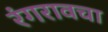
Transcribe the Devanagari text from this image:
रंगरावचा